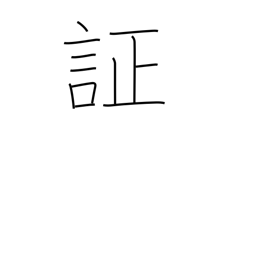
Meaning: evidence